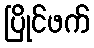
ပြိုင်ဖက်